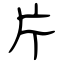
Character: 片